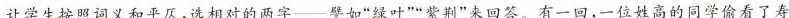
让学生按照词义和平反,选相对的两字——譬如“绿叶”“紫荆”来回答。有一回,一位姓高的同学偷看了寿